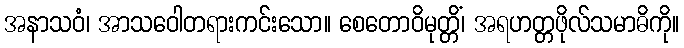
အနာသဝံ၊ အာသဝေါတရားကင်းသော။ စေတောဝိမုတ္တိံ၊ အရဟတ္တဖိုလ်သမာဓိကို။